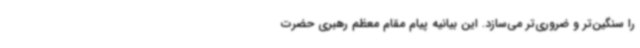
را سنگین‌تر و ضروری‌تر می‌سازد. این بیانیه پیام مقام معظم رهبری حضرت